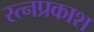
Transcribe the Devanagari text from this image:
रत्नप्रकाश